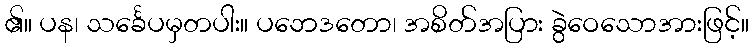
၏။ ပန၊ သင်္ခေပမှတပါး။ ပဘေဒတော၊ အစိတ်အပြား ခွဲဝေသောအားဖြင့်။